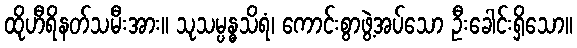
ထိုဟီရိနတ်သမီးအား။ သုသမ္ပန္ဓသိရံ၊ ကောင်းစွာဖွဲ့အပ်သော ဦးခေါင်းရှိသော။